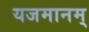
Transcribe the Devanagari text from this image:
यजमानम्‌